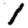
Digit: 1